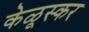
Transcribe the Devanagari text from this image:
केळूस्कर